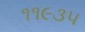
૧૧૯૩૫